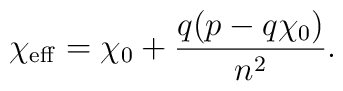
\chi_{\rm eff} = \chi_0 + \frac{q (p - q\chi_0)}{n^2}.